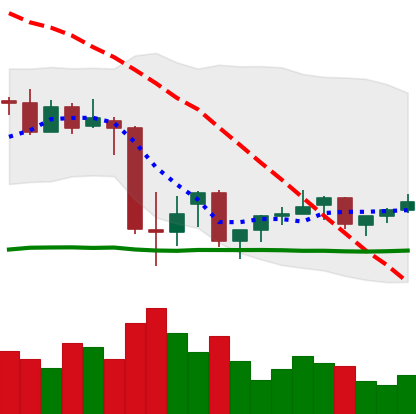
Ticker: XMR-USD
Chart end date: 2021-07-04
Forward return: -3.227%
Label: down_3_5